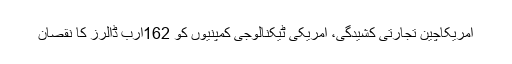
امریکاچین تجارتی کشیدگی، امریکی ٹیکنالوجی کمپنیوں کو 162ارب ڈالرز کا نقصان